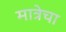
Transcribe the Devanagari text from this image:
मात्रेचा